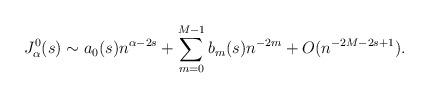
LaTeX: \begin{align*}J_\alpha^0(s)\sim a_0(s)n^{\alpha-2s}+\sum_{m=0}^{M-1} b_m(s)n^{-2m} + O(n^{-2M -2s +1}).\end{align*}